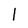
Character: l